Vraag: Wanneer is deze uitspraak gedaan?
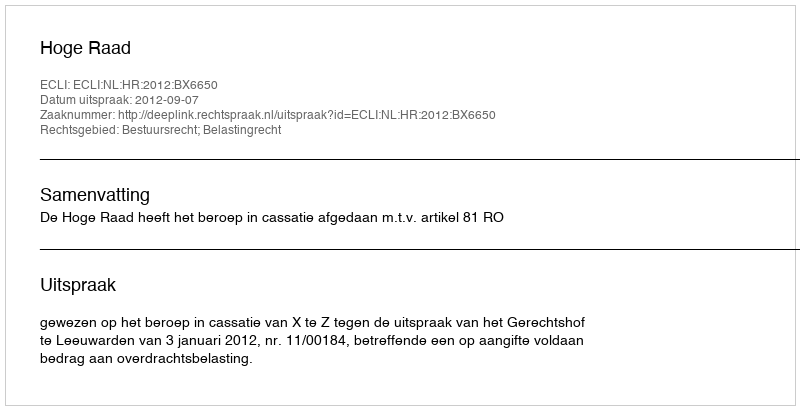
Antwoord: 2012-09-07